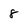
Character: 8